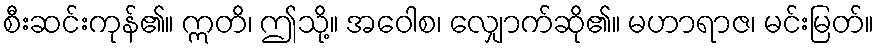
စီးဆင်းကုန်၏။ ဣတိ၊ ဤသို့။ အဝေါစ၊ လျှောက်ဆို၏။ မဟာရာဇ၊ မင်းမြတ်။